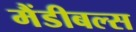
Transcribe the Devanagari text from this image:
मैंडीबल्स